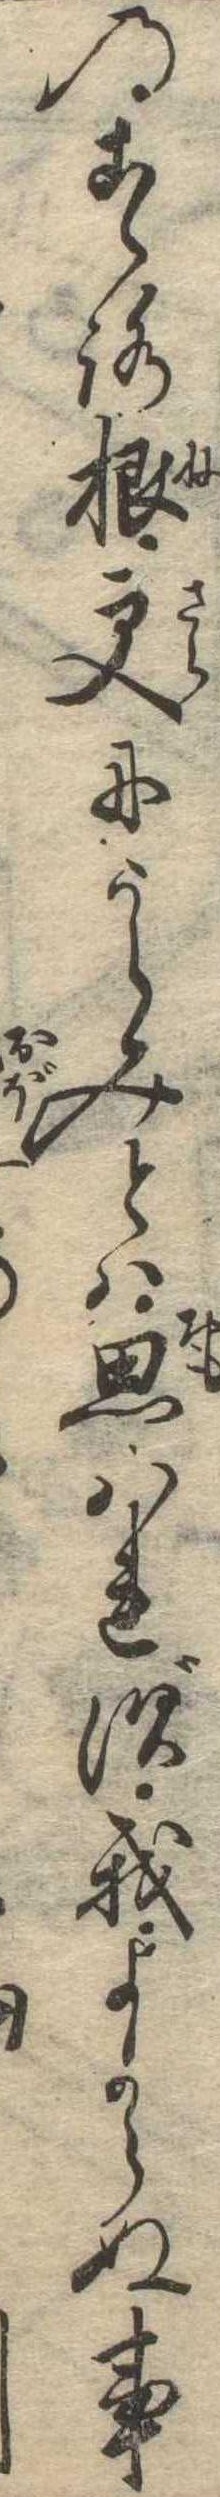
のこゝろ根更にうらみとは思はれず我よからぬ事